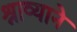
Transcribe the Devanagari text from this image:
श्राव्याने